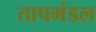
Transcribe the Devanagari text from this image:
तापमंडल